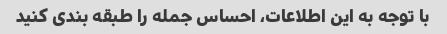
با توجه به این اطلاعات، احساس جمله را طبقه بندی کنید